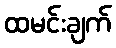
ထမင်းချက်